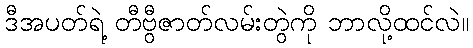
ဒီအပတ်ရဲ့ တီဗွီဇာတ်လမ်းတွဲကို ဘာလို့ထင်လဲ။